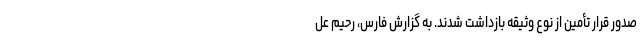
صدور قرار تأمین از نوع وثیقه بازداشت شدند. به گزارش فارس، رحیم عل